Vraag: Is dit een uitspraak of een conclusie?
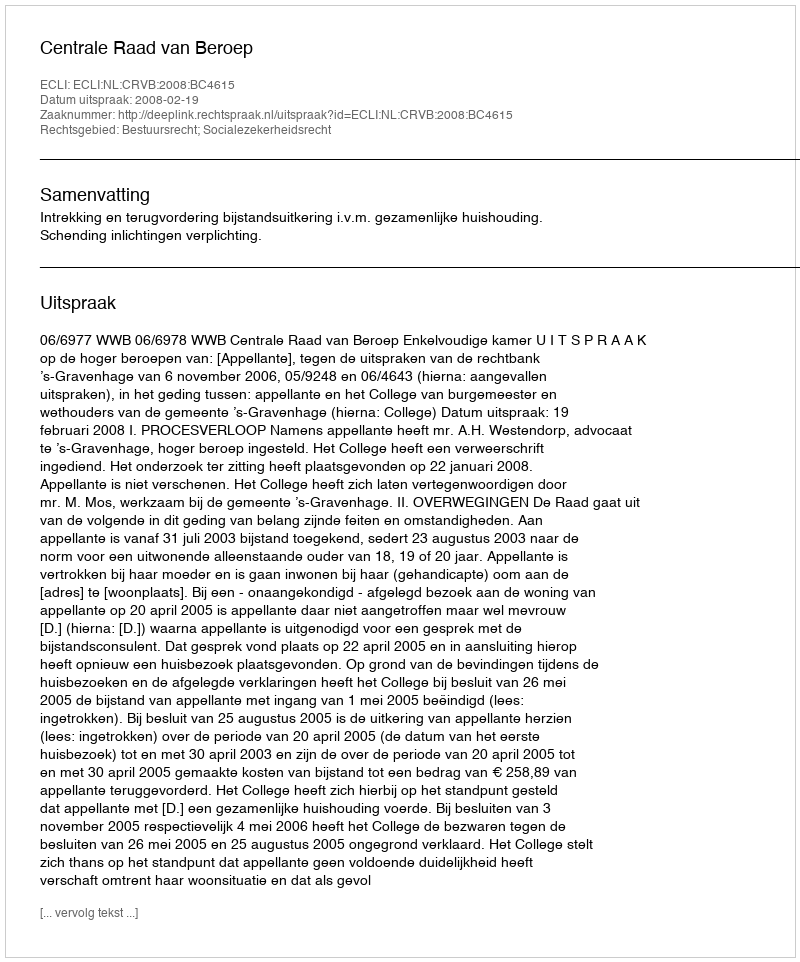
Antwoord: Uitspraak